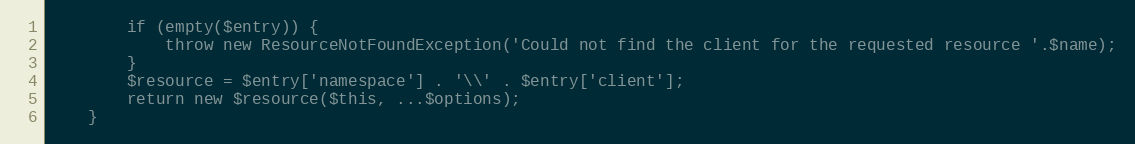
Language: PHP
        if (empty($entry)) {
            throw new ResourceNotFoundException('Could not find the client for the requested resource '.$name);
        }
        $resource = $entry['namespace'] . '\\' . $entry['client'];
        return new $resource($this, ...$options);
    }